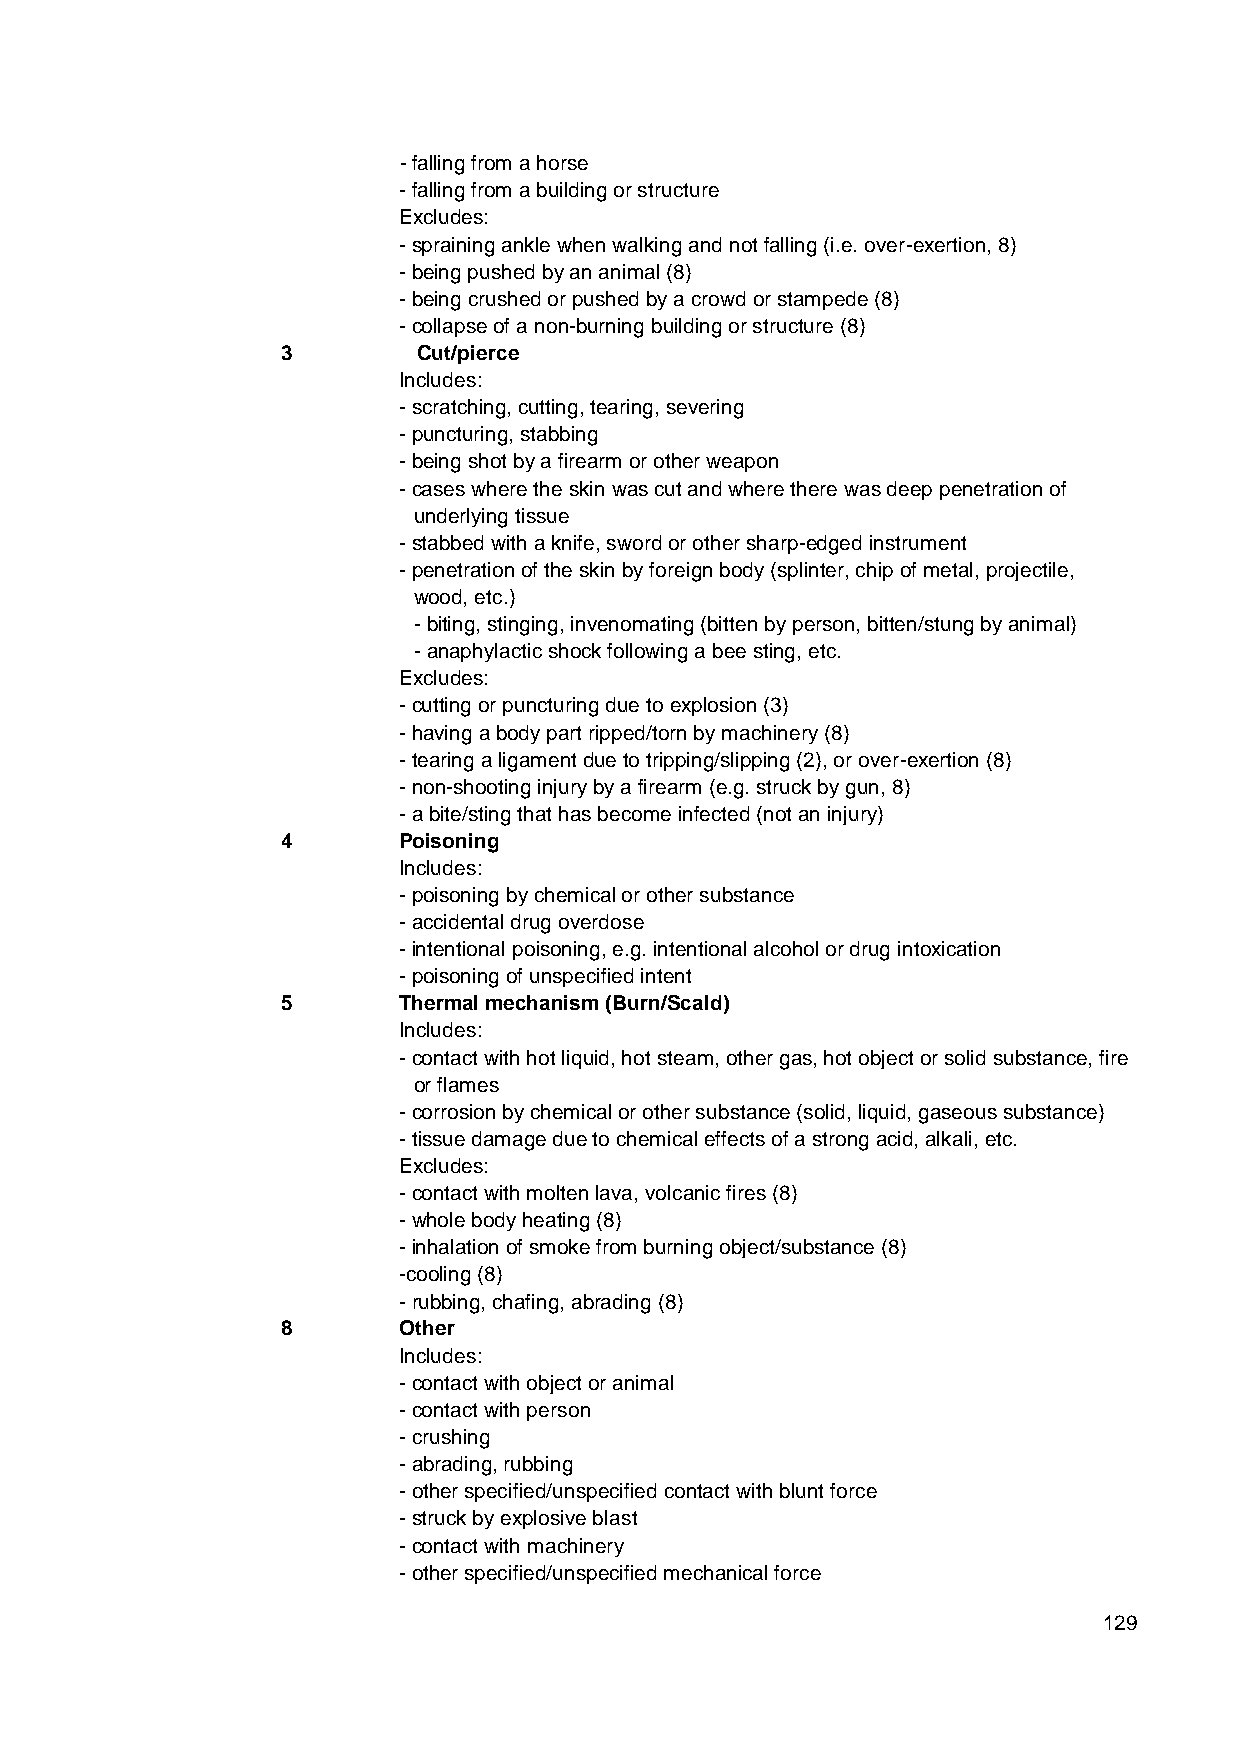
- falling from a horse
 - falling from a building or structure
 Excludes:
 - spraining ankle when walking and not falling (i.e. over-exertion, 8)
 - being pushed by an animal (8)
 - being crushed or pushed by a crowd or stampede (8)
 - collapse of a non-burning building or structure (8)
 3        Cut/pierce
 Includes:
 - scratching, cutting, tearing, severing
 - puncturing, stabbing
 - being shot by a firearm or other weapon
 - cases where the skin was cut and where there was deep penetration of
 underlying tissue
 - stabbed with a knife, sword or other sharp-edged instrument
 - penetration of the skin by foreign body (splinter, chip of metal, projectile,
 wood, etc.)
 - biting, stinging, invenomating (bitten by person, bitten/stung by animal)
 - anaphylactic shock following a bee sting, etc.
 Excludes:
 - cutting or puncturing due to explosion (3)
 - having a body part ripped/torn by machinery (8)
 - tearing a ligament due to tripping/slipping (2), or over-exertion (8)
 - non-shooting injury by a firearm (e.g. struck by gun, 8)
 - a bite/sting that has become infected (not an injury)
 4      Poisoning
 Includes:
 - poisoning by chemical or other substance
 - accidental drug overdose
 - intentional poisoning, e.g. intentional alcohol or drug intoxication
 - poisoning of unspecified intent
 5      Thermal mechanism (Burn/Scald)
 Includes:
 - contact with hot liquid, hot steam, other gas, hot object or solid substance, fire
 or flames
 - corrosion by chemical or other substance (solid, liquid, gaseous substance)
 - tissue damage due to chemical effects of a strong acid, alkali, etc.
 Excludes:
 - contact with molten lava, volcanic fires (8)
 - whole body heating (8)
 - inhalation of smoke from burning object/substance (8)
 -cooling (8)
 - rubbing, chafing, abrading (8)
 8      Other
 Includes:
 - contact with object or animal
 - contact with person
 - crushing
 - abrading, rubbing
 - other specified/unspecified contact with blunt force
 - struck by explosive blast
 - contact with machinery
 - other specified/unspecified mechanical force
 129